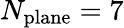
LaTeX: N_{\mathrm{plane}}=7